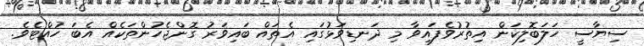
ސިޔާސީ ހަލަބޮލިކަން އިތުރުވެފައިވާ މި ދަނޑިވަޅުގައި އެތައް ބައިވަރު ގޮންޖެހުންތަކެއް އެބަ ހުއްޓެވެ.